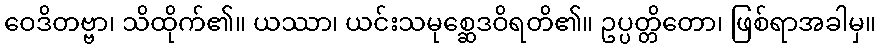
ဝေဒိတဗ္ဗာ၊ သိထိုက်၏။ ယဿာ၊ ယင်းသမုစ္ဆေဒဝိရတိ၏။ ဥပ္ပတ္တိတော၊ ဖြစ်ရာအခါမှ။